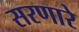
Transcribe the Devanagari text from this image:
सरणारे